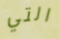
التي